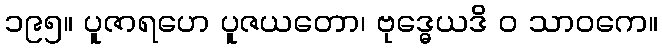
၁၉၅။ ပူဇာရဟေ ပူဇယတော၊ ဗုဒ္ဓေယဒိ ဝ သာဝကေ။